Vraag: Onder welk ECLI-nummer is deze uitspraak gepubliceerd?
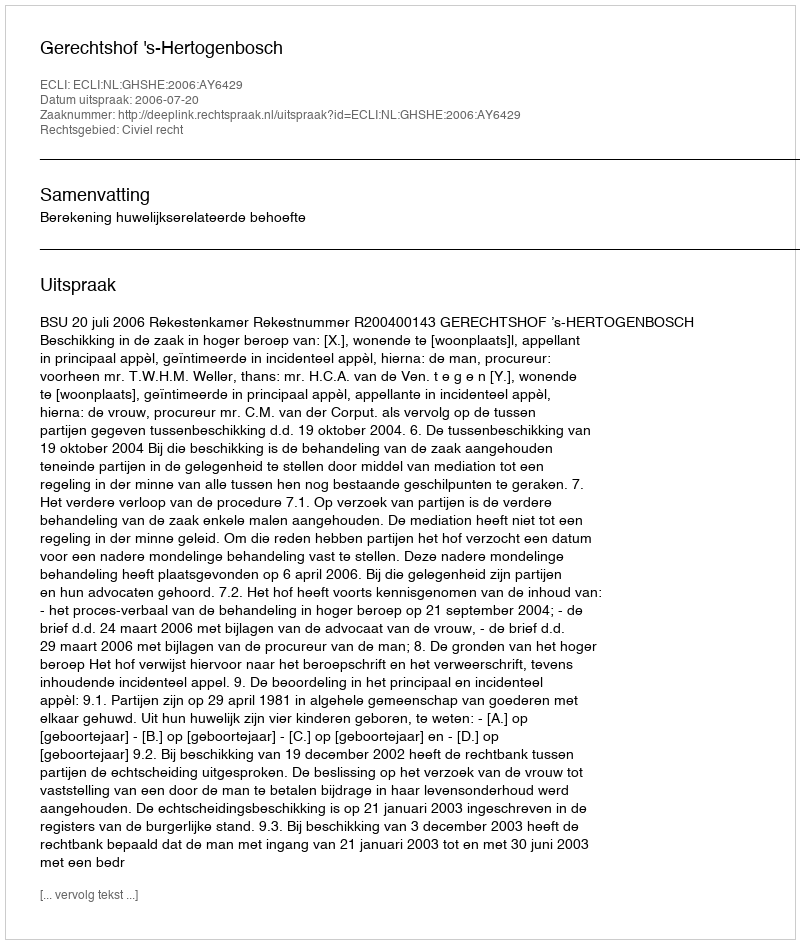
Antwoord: ECLI:NL:GHSHE:2006:AY6429